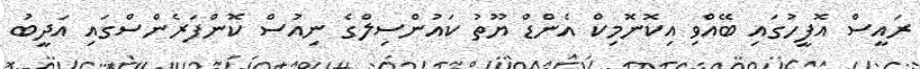
ރައީސް އޮފީހުގައި ބޭއްވި އިކޮނޮމިކް އެންޑް ޔޫތު ކައުންސިލްގެ ނިއުސް ކޮންފަރެންސްގައި އަދީބު